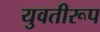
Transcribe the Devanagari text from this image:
युवतीरूप